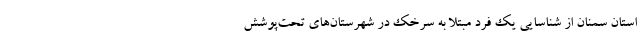
استان سمنان از شناسایی یک فرد مبتلا به سرخک در شهرستان‌های تحت‌پوشش